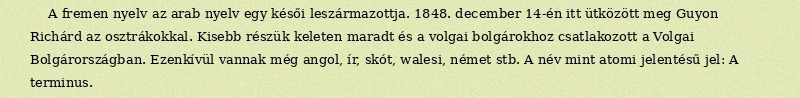
A fremen nyelv az arab nyelv egy késői leszármazottja. 1848. december 14-én itt ütközött meg Guyon Richárd az osztrákokkal. Kisebb részük keleten maradt és a volgai bolgárokhoz csatlakozott a Volgai Bolgárországban. Ezenkívül vannak még angol, ír, skót, walesi, német stb. A név mint atomi jelentésű jel: A terminus.